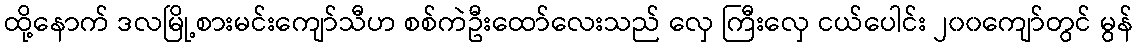
ထို့နောက် ဒလမြို့စားမင်းကျော်သီဟ စစ်ကဲဦးထော်လေးသည် လှေ ကြီးလှေ ငယ်ပေါင်း ၂၀၀ကျော်တွင် မွန်